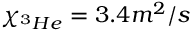
\chi _ { ^ 3 H e } = 3 . 4 m ^ { 2 } / s